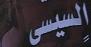
السيس